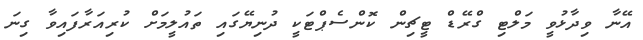
އޭނާ ވިދާޅުވީ މަލްޓި ގްރޭޑް ޓީޗިން ކޮންސެޕްޓަކީ ދުނިޔޭގައި ތައުލީމަށް ކުރިއަރާފައިވާ ގިނަ